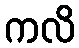
ကလိ